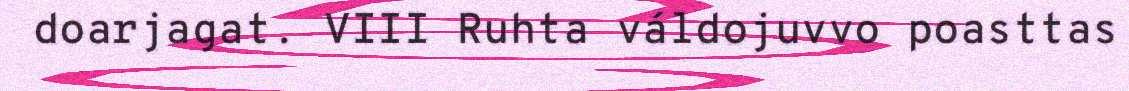
doarjagat. VIII Ruhta váldojuvvo poasttas